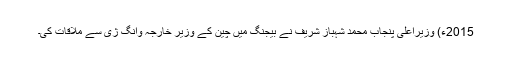
2015ء) وزیراعلیٰ پنجاب محمد شہباز شریف نے بیجنگ میں چین کے وزیر خارجہ وانگ ژی سے ملاقات کی۔